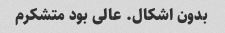
بدون اشکال. عالی بود متشکرم